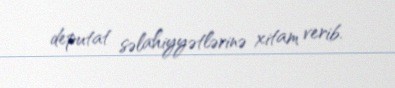
deputat səlahiyyətlərinə xitam verib.